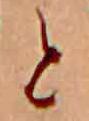
と